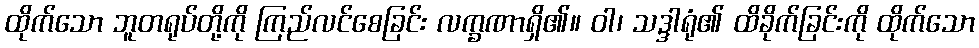
ထိုက်သော ဘူတရုပ်တို့ကို ကြည်လင်စေခြင်း လက္ခဏာရှိ၏။ ဝါ၊ သဒ္ဒါရုံ၏ ထိခိုက်ခြင်းကို ထိုက်သော